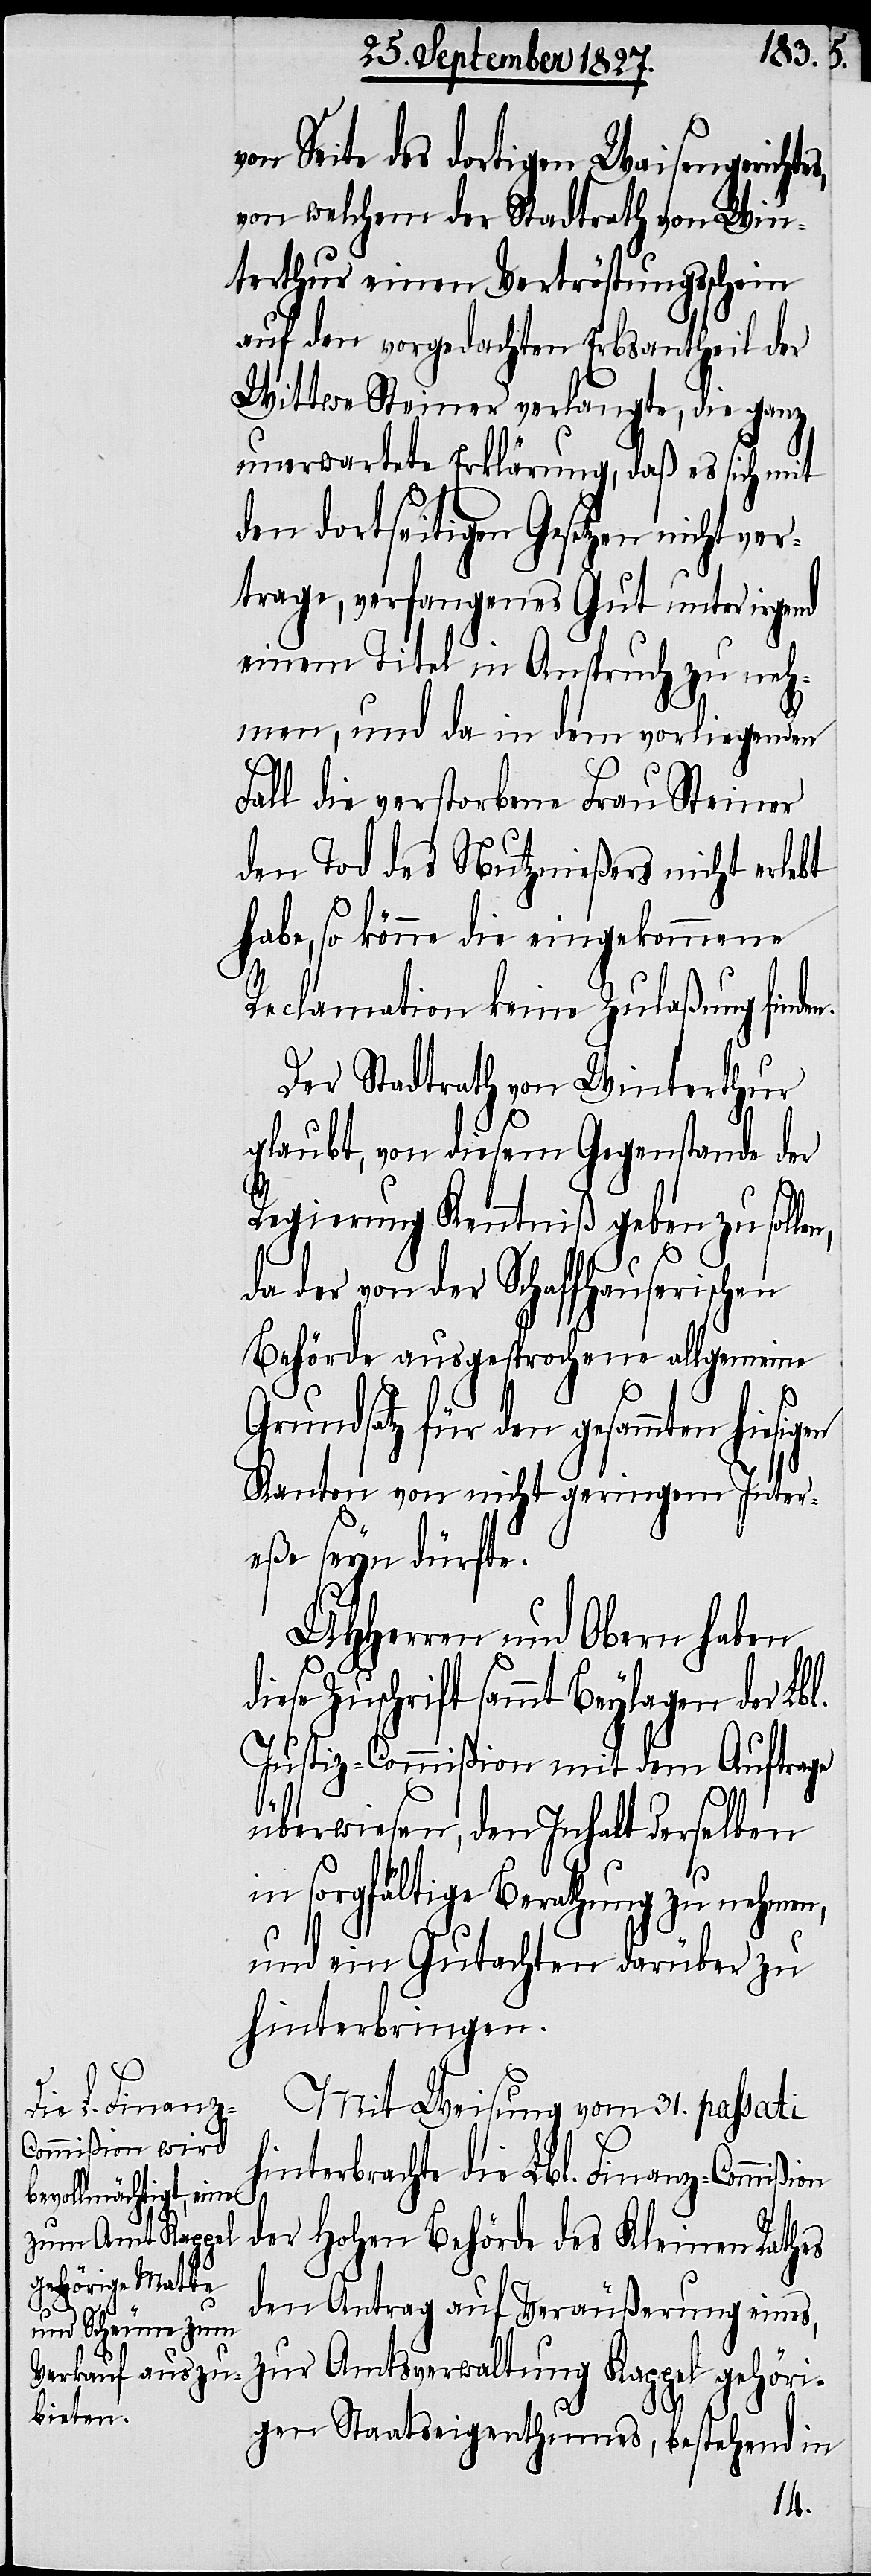
v¬

on Seite des dortigen Waisengerichte¬
von welchem der Stadtrath von Win¬
terthur einen Vertröstungsschein
auf den vorgedachten Erbsantheil der
Wittwe Steiner verlangte, die ganz
unerwartete Erklärung, daß es sich mit
den dortseitigen Gesetzen nicht ver¬
trage, verfangenes Gut unter irgend
einem Titel in Anspruch zu neh¬
men, und da in dem vorliegenden
Fall die verstorbene Frau Steiner
den Tod des Nutznießers nicht erlebt
habe, so könne die eingekommene
Reclamation keine Zulaßung finde¬
Der Stadtrath von Winterthur
glaubt, von diesem Gegenstande der
Regierung Kenntniß geben zu soll¬
en,
da der von der Schaffhauserischen
Behörde ausgesprochene allgemeine
Grundsatz für den gesammten
Kanton von nicht geringem Inter¬
eße seyn dürfte.
UHHerren und Obern haben
se Zuschrift sammt Beylagen der Lb¬
Justiz-Commißion mit dem Auftrage
l.
überwiesen, den Inhalt derselben
in sorgfältige Berathung zu nehmen,
und ein Gutachten darüber zu
hinterbringen.
Mit Weisung vom 31. passati
hinterbrachte die Lbl. Finanz-Commißion
der Hohen Behörde des Kleine Raths
den Antrag auf Veräußerung eines,
zur Amtsverwaltung Kappel gehöri¬
gen Staatseigenthumes, bestehend in